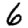
Digit: 6